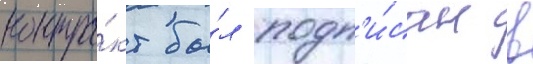
контра́кт бы́л подп'и́сан в